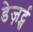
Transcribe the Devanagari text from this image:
डेज़र्ट्स